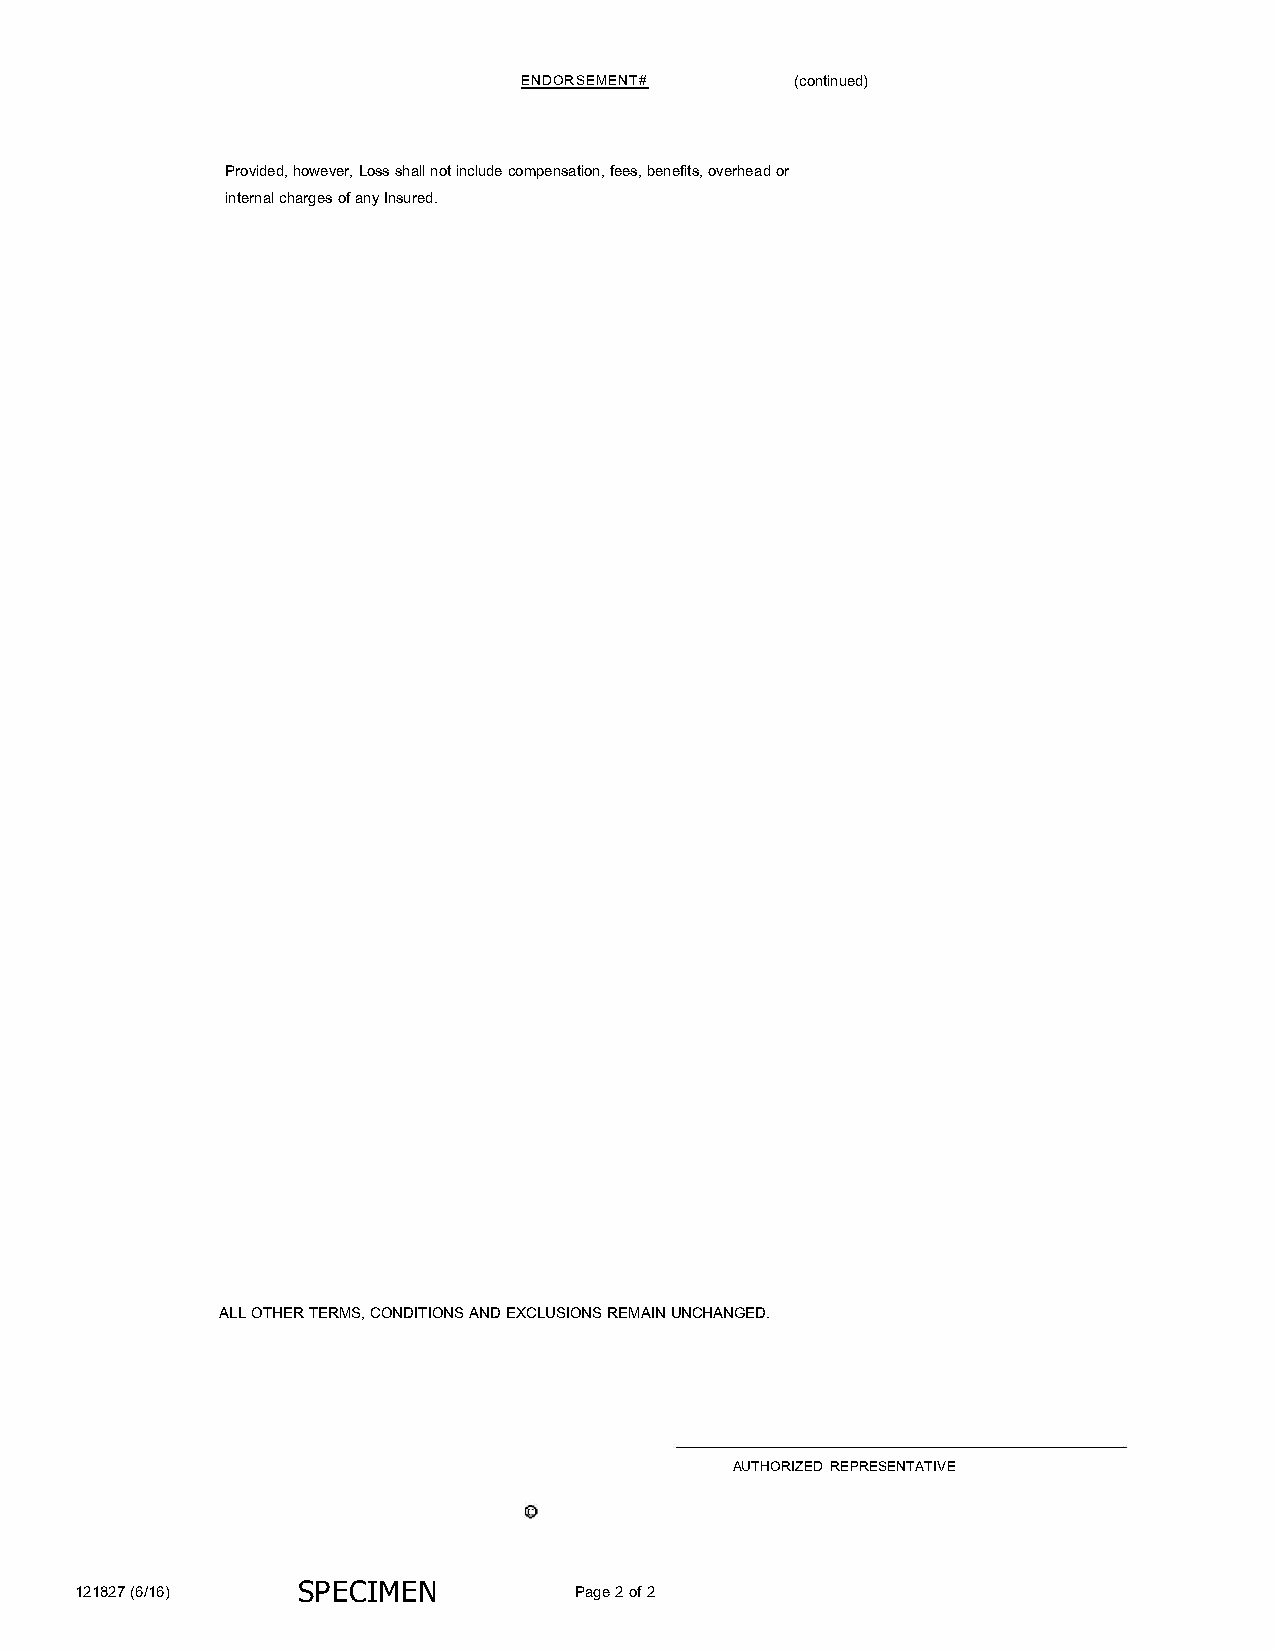
ENDORSEMENT#       (continued)
 Provided, however, Loss shall not include compensation, fees, benefits, overhead or
 internal charges of any Insured.
 ALL OTHER TERMS, CONDITIONS AND EXCLUSIONS REMAIN UNCHANGED.
 AUTHORIZED REPRESENTATIVE
 121827 (6/16)  SP ECIMEN         Page 2 of 2